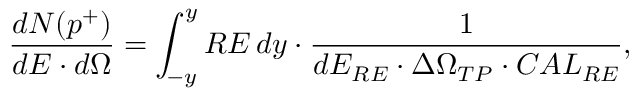
\frac { d N ( p ^ { + } ) } { d E \cdot d \Omega } = \int _ { - y } ^ { y } { R E \, d y } \cdot \frac { 1 } { d E _ { R E } \cdot \Delta \Omega _ { T P } \cdot C A L _ { R E } } ,